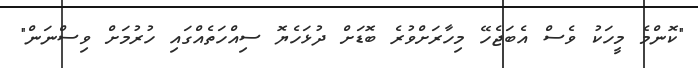
"ކޮންމެ މީހަކު ވެސް އެބަޖެހޭ މިހާރަށްވުރެ ބޮޑަށް ދުޅަހެޔޮ ސިއްހަތެއްގައި ހުރުމަށް ވިސްނަން"